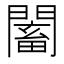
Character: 𲈰